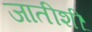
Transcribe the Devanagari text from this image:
जातीशीं